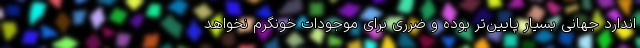
اندارد جهانی بسیار پایین‌تر بوده و ضرری برای موجودات خونگرم نخواهد